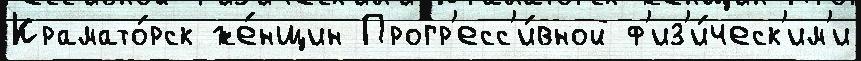
Крамато́рск же́нщин Прогр'есс'и́вной ф'из'и́ческ'им'и